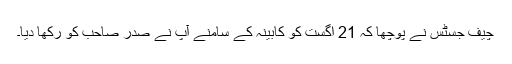
چیف جسٹس نے پوچھا کہ 21 اگست کو کابینہ کے سامنے آپ نے صدر صاحب کو رکھا دیا۔